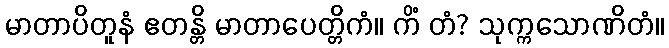
မာတာပိတူနံ ဧတန္တိ မာတာပေတ္တိကံ။ ကိံ တံ? သုက္ကသောဏိတံ။